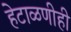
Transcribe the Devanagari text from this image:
हेटाळणीही